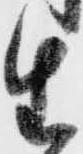
生